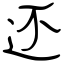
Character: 还